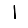
Digit: 1